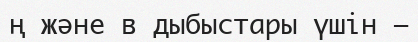
ң және в дыбыстары үшін —